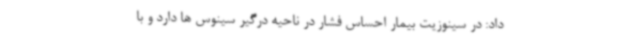
داد: در سینوزیت بیمار احساس فشار در ناحیه درگیر سینوس ها دارد و با